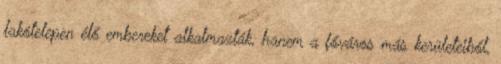
lakótelepen élő embereket alkalmazták, hanem a főváros más kerületeiből,